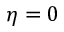
\eta = 0